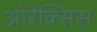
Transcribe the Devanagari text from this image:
ओरेक्सिस